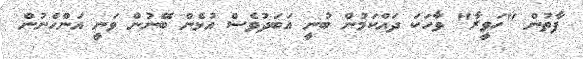
ފާތުން "ހަވީރާ" ވާހަކަ ދައްކަމުން ބުނީ އަބަދުވެސް އުޅެން ބޭނުން ވަނީ އަންހެނުން